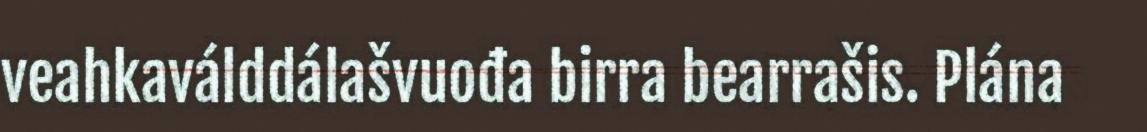
veahkaválddálašvuođa birra bearrašis. Plána